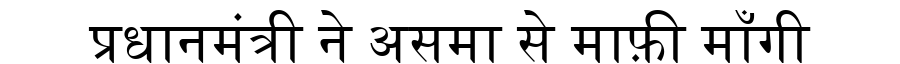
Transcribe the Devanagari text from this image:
प्रधानमंत्री ने असमा से माफ़ी माँगी